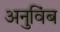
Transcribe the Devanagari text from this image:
अनुविंब